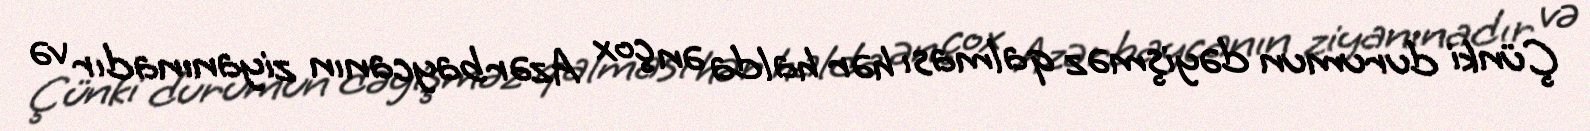
Çünki durumun dəyişməz qalması hər halda ən çox Azərbaycanın ziyanınadır və